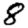
Digit: 8